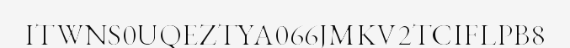
ITWNS0UQEZTYA066JMKV2TCIFLPB8